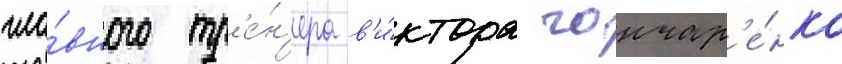
гла́вного тр'е́н'ера в'и́ктора гончар'е́нко